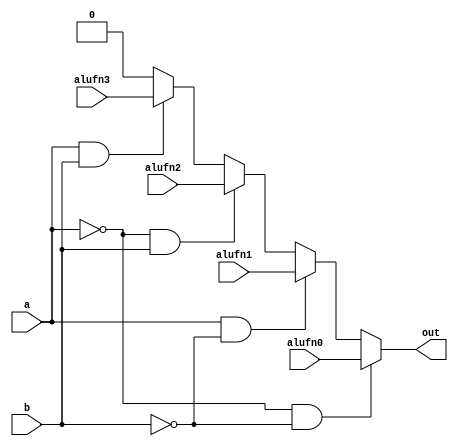
/*
   This file was generated automatically by Alchitry Labs version 1.2.1.
   Do not edit this file directly. Instead edit the original Lucid source.
   This is a temporary file and any changes made to it will be destroyed.
*/

module mux_four_21 (
    input alufn0,
    input alufn1,
    input alufn2,
    input alufn3,
    input a,
    input b,
    output reg out
  );
  
  
  
  always @* begin
    if (a == 1'h0 & b == 1'h0) begin
      out = alufn0;
    end else begin
      if (a == 1'h1 & b == 1'h0) begin
        out = alufn1;
      end else begin
        if (a == 1'h0 & b == 1'h1) begin
          out = alufn2;
        end else begin
          if (a == 1'h1 & b == 1'h1) begin
            out = alufn3;
          end else begin
            out = 1'h0;
          end
        end
      end
    end
  end
endmodule